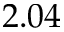
2 . 0 4